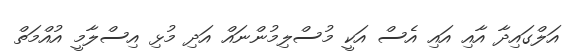
އަލްގައިދާ އާއި އައި އެސް އަކީ މުސްލިމުންނައް އަދި މުޅި އިސްލާމީ އުއްމަތް